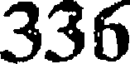
336